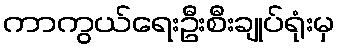
ကာကွယ်ရေးဦးစီးချုပ်ရုံးမှ